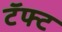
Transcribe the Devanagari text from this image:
टॅफ्ट